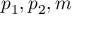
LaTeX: \, \! p _ { 1 } , p _ { 2 } , m